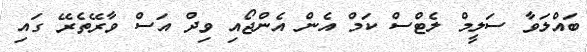
ބައްލަވާ ސަލީމް ލެޓްސް ކަމް އެން އެންޖޯއި ވިދް އަސް ވާރޭތެރޭ ގައި